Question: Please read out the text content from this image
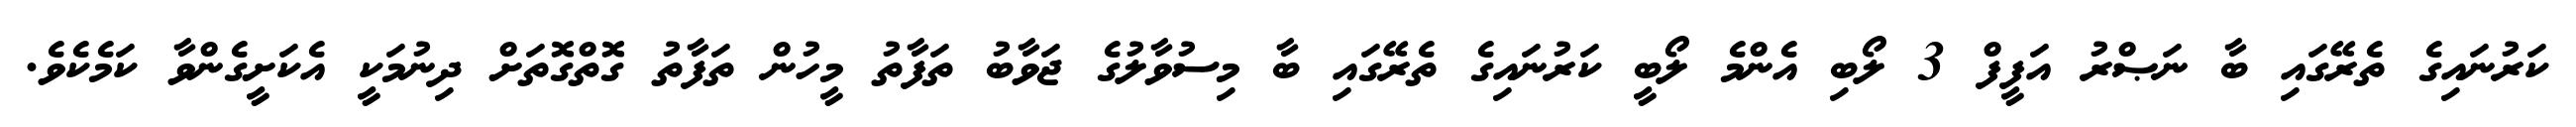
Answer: ކަރުނައިގެ ތެރޭގައި ބާ ނަޞްރު އަފީފް 3 ލޯބި އެންމެ ލޯބީ ކަރުނައިގެ ތެރޭގައި ބާ މިސުވާލުގެ ޖަވާބު ތަފާތު މީހުން ތަފާތު ގޮތްގޮތަށް ދިނުމަކީ އެކަށީގެންވާ ކަމެކެވެ.